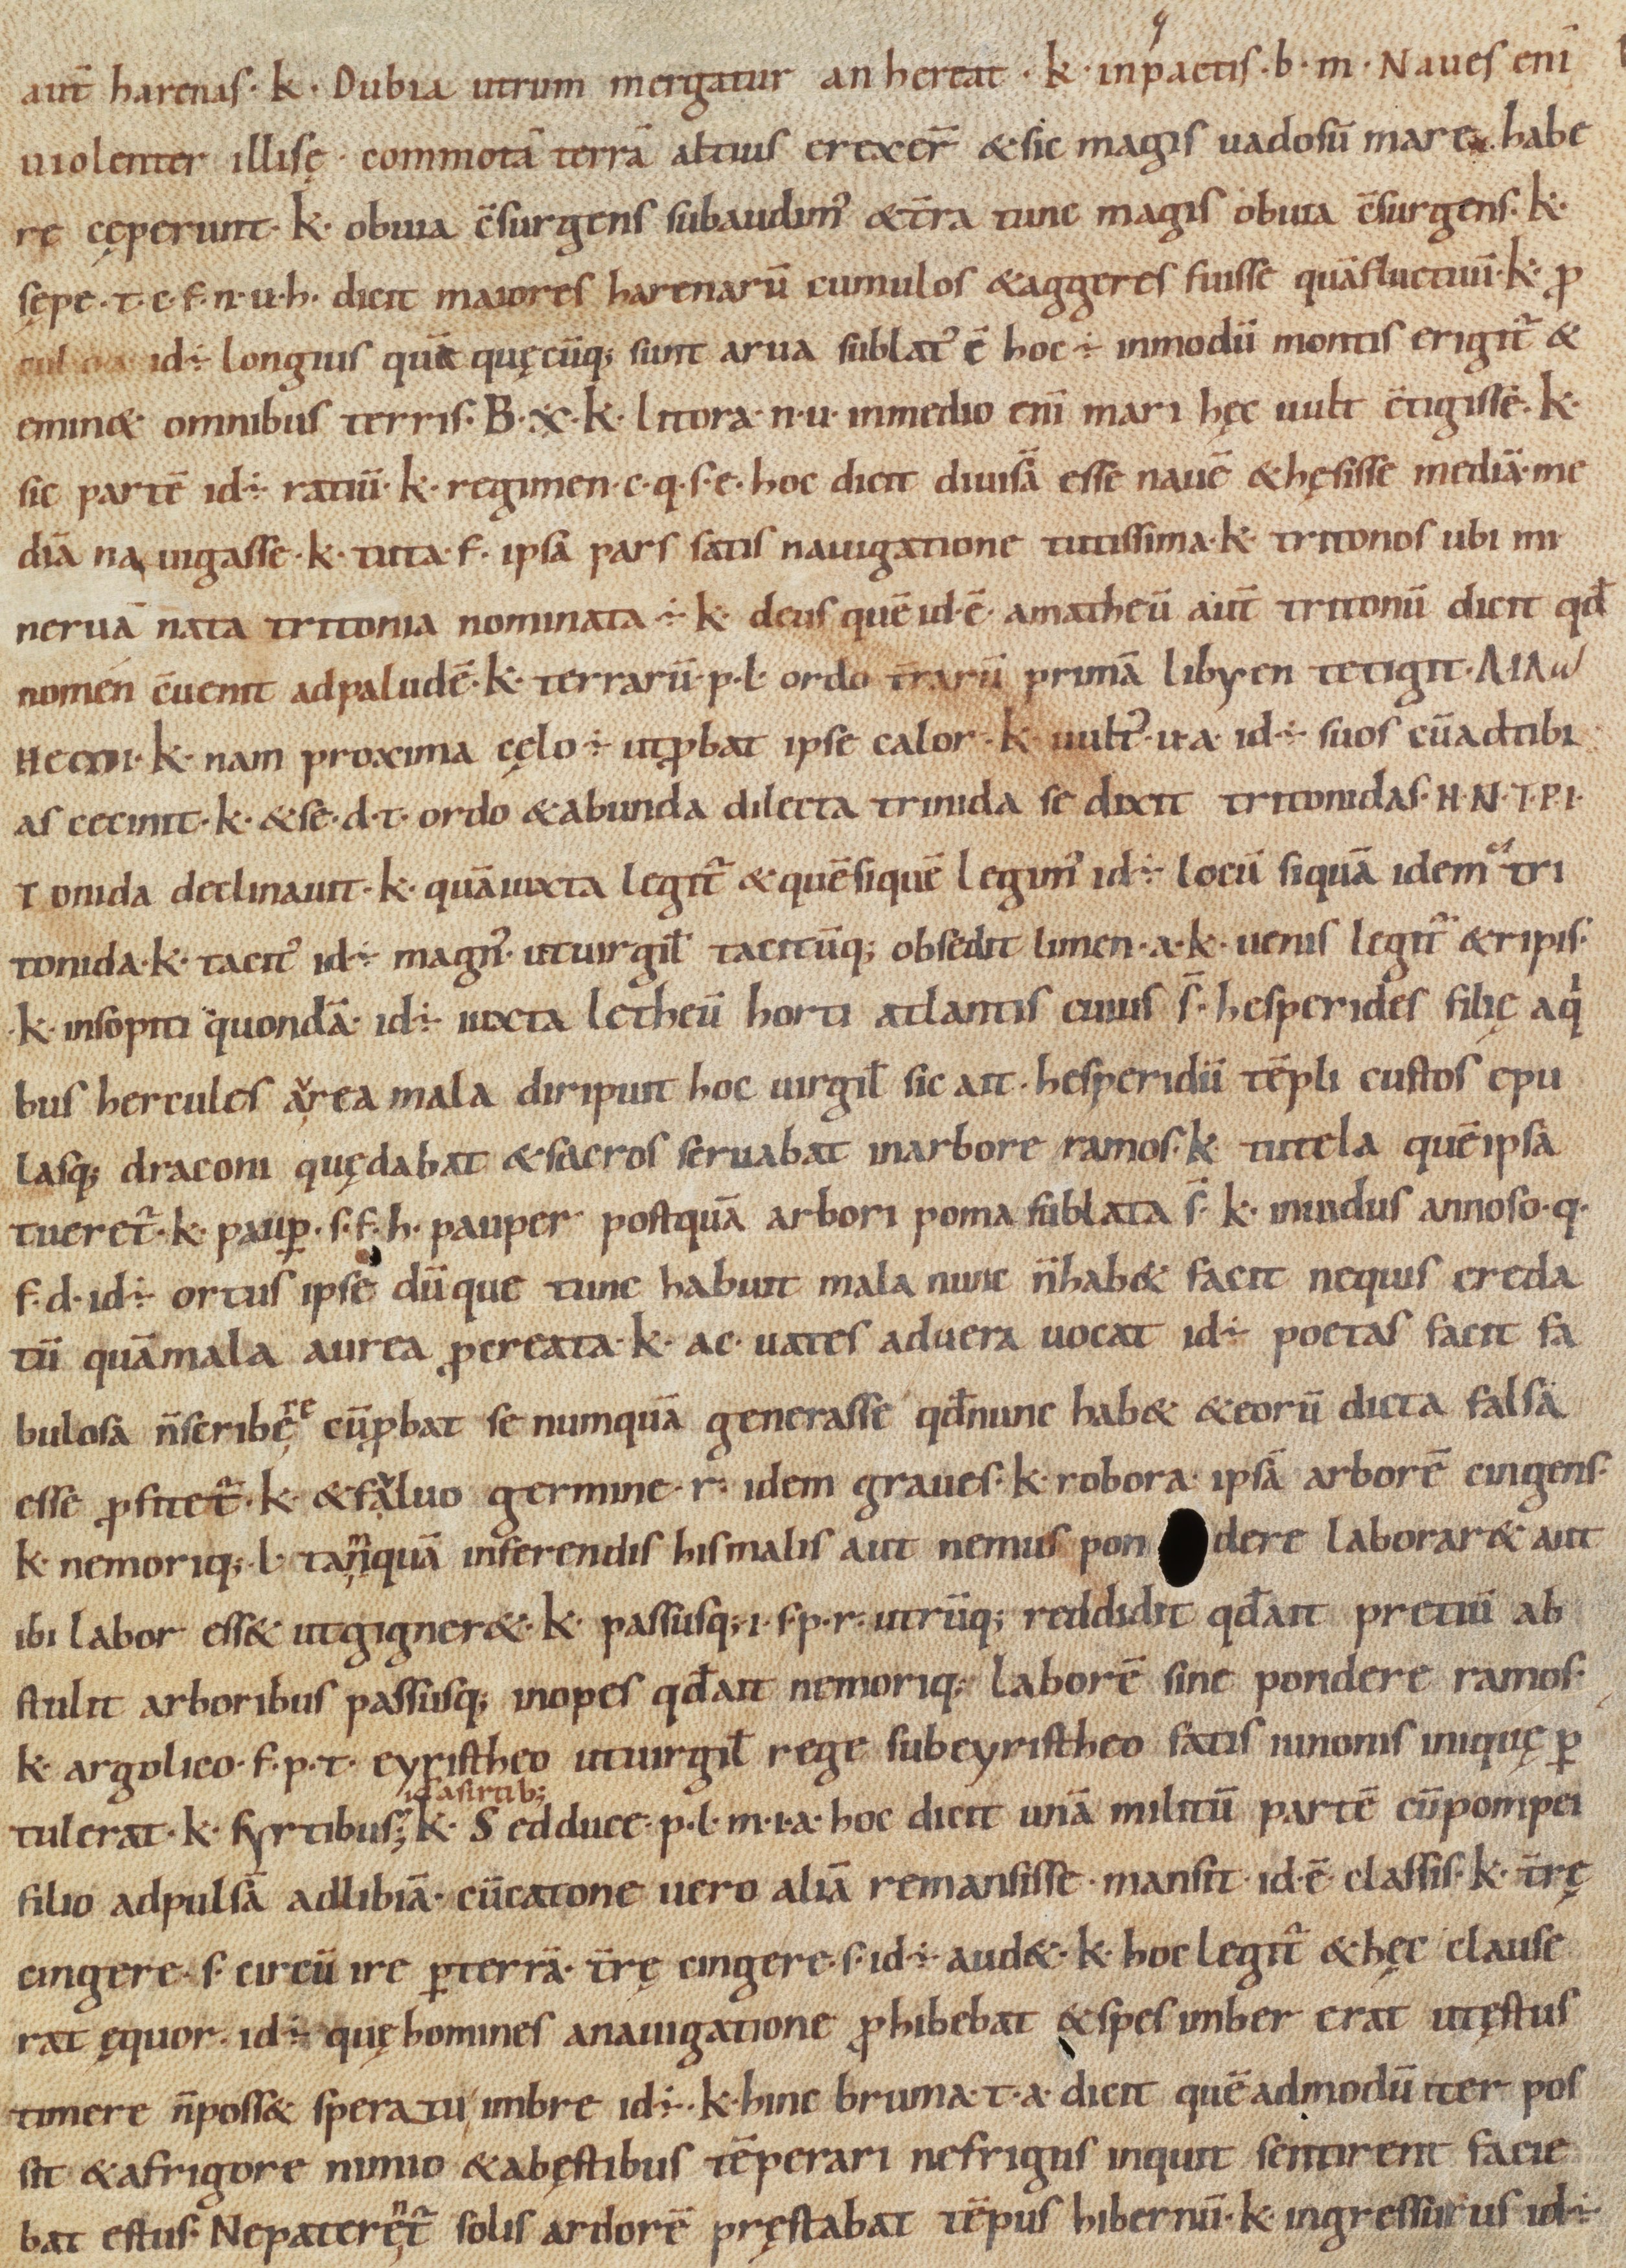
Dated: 1000–1099